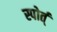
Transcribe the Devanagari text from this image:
स्पोर्त्